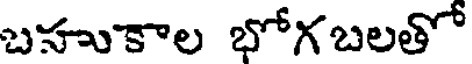
బహుకాల భోగబలతో